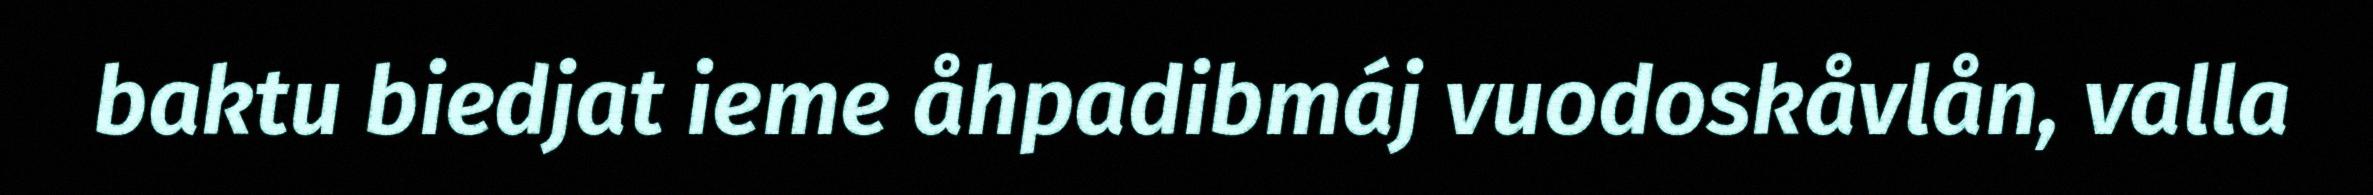
baktu biedjat ieme åhpadibmáj vuodoskåvlån, valla